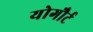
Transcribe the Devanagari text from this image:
योगौर्ट